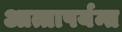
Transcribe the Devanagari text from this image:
आत्तापर्यन्त